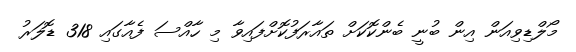
މޯލްޑިވިއަން އިން ބުނީ ބެންކޮކަށް ތައާރަފުކޮށްފައިވާ މި ހާއްސަ ފެއާގައި 318 ޑޮލަރު